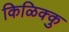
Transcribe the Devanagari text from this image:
किळिक्कु